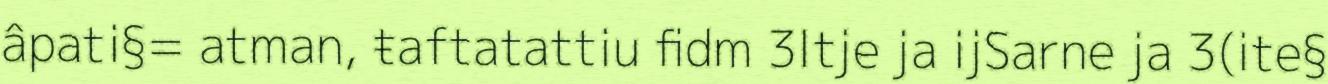
âpati§= atman, ŧaftatattiu fidm 3ltje ja ijSarne ja 3(ite§